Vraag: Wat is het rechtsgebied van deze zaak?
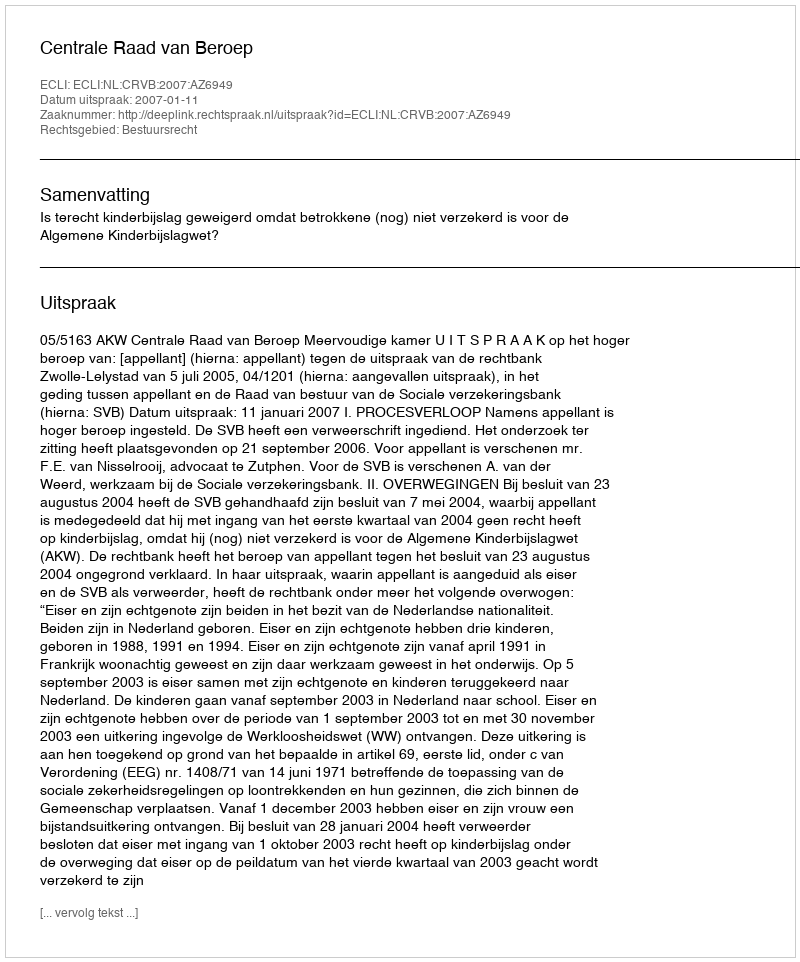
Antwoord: Bestuursrecht